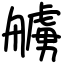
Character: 艣